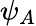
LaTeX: \psi_{A}